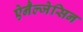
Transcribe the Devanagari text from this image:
ऐनैल्जेसिन